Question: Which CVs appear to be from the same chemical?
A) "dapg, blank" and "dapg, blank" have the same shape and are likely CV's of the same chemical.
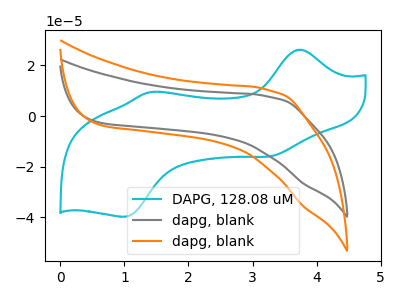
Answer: <think>The cyan curve "DAPG, 128.08 uM" has anodic peaks at (3.75V, 26.20uA) (1.40V, 9.50uA) and cathodic peaks at (3.25V, -15.95uA) (1.00V, -39.75uA). The gray curve "dapg, blank" has no peaks. The orange curve "dapg, blank" has no peaks.
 "DAPG, 128.08 uM" and "dapg, blank" have a different number of peaks. "DAPG, 128.08 uM" and "dapg, blank" have a different number of peaks. Neither "dapg, blank" or "dapg, blank" have any peaks.</think>
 <answer>A) "dapg, blank" and "dapg, blank" have the same shape and are likely CV's of the same chemical.</answer>
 <eval>A</eval>